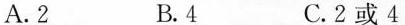
A.2 B.4 C.2或4